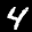
Label: 4